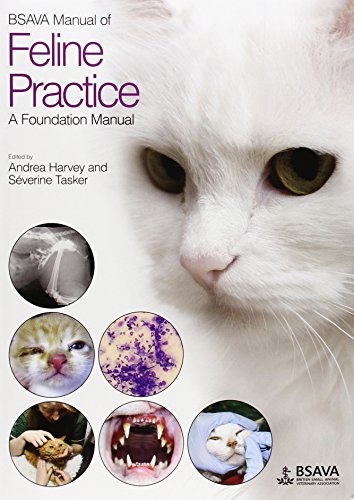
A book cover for BSAVA Manual of Feline Practice: A Foundation Manual; Andrea Harvey; Medical Books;